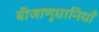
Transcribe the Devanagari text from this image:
बीजाणुघानियाँ